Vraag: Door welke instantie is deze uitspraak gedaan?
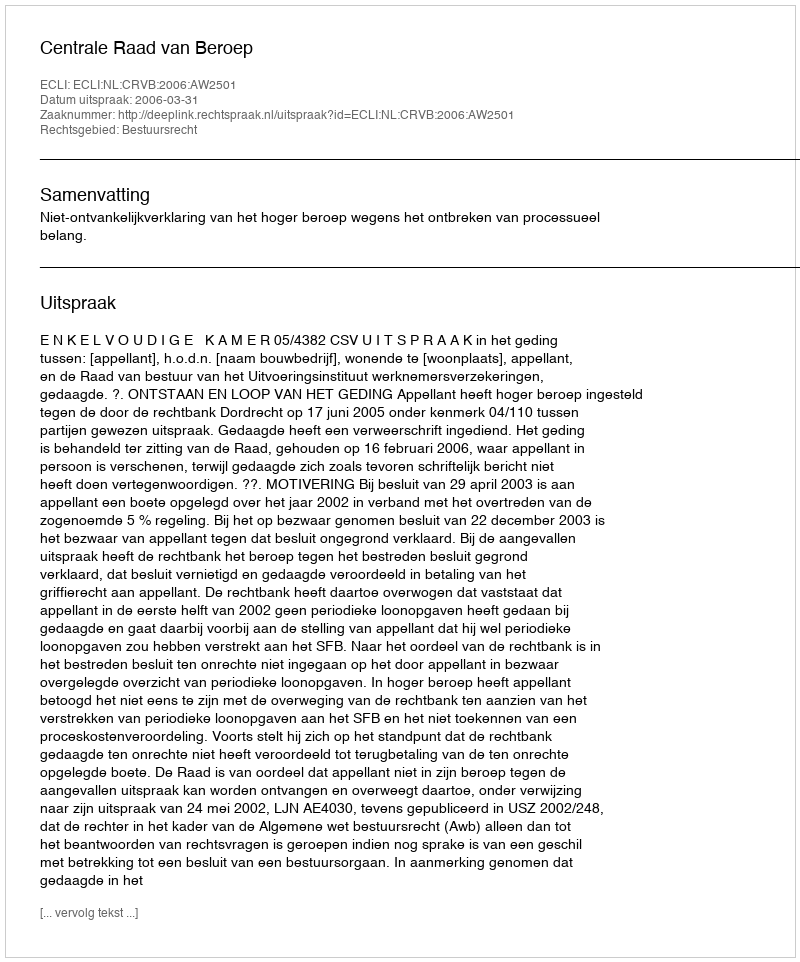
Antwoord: Centrale Raad van Beroep